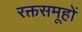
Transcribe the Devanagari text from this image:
रक्तसमूहों